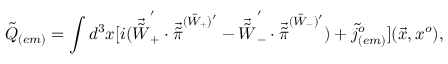
{ \tilde { Q } } _ { ( e m ) } = \int d ^ { 3 } x [ i ( { \vec { \tilde { W } } } _ { + } ^ { ' } \cdot { \vec { \tilde { \pi } } } ^ { ( { \tilde { W } } _ { + } ) { ' } } - { \vec { \tilde { W } } } _ { - } ^ { ' } \cdot { \vec { \tilde { \pi } } } ^ { ( { \tilde { W } } _ { - } ) { ' } } ) + { \tilde { j } } _ { ( e m ) } ^ { o } ] ( \vec { x } , x ^ { o } ) ,